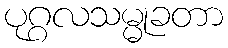
ပုဂ္ဂလသမ္မုခတာ